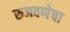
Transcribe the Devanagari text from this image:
रुजवणेचा